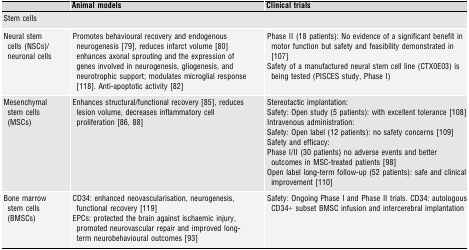
<table><thead><tr><td></td><td><b>Animal models</b></td><td><b>Clinical trials</b></td></tr></thead><tbody><tr><td colspan="3">Stem cells</td></tr><tr><td>Neural stem cells (NSCs)/neuronal cells</td><td>Promotes behavioural recovery and endogenous neurogenesis [79], reduces infarct volume [80] enhances axonal sprouting and the expression of genes involved in neurogenesis, gliogenesis, and neurotrophic support; modulates microglial response [118]. Anti-apoptotic activity [82]</td><td>Phase II (18 patients): No evidence of a significant benefit in motor function but safety and feasibility demonstrated in [107] Safety of a manufactured neural stem cell line (CTX0E03) is being tested (PISCES study, Phase I)</td></tr><tr><td>Mesenchymal stem cells (MSCs)</td><td>Enhances structural/functional recovery [85], reduces lesion volume, decreases inflammatory cell proliferation [86, 88]</td><td>Stereotactic implantation: Safety: Open study (5 patients): with excellent tolerance [108] Intravenous administration: Safety: Open label (12 patients): no safety concerns [109] Safety and efficacy: Phase I/II (30 patients) no adverse events and better outcomes in MSC-treated patients [98] Open label long-term follow-up (52 patients): safe and clinical improvement [110]</td></tr><tr><td>Bone marrow stem cells (BMSCs)</td><td>CD34: enhanced neovascularisation, neurogenesis, functional recovery [119] EPCs: protected the brain against ischaemic injury, promoted neurovascular repair and improved long-term neurobehavioural outcomes [93]</td><td>Safety: Ongoing Phase I and Phase II trials. CD34: autologous CD34+ subset BMSC infusion and intercerebral implantation</td></tr></tbody></table>